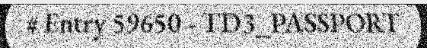
# Entry 59650 - TD3_PASSPORT